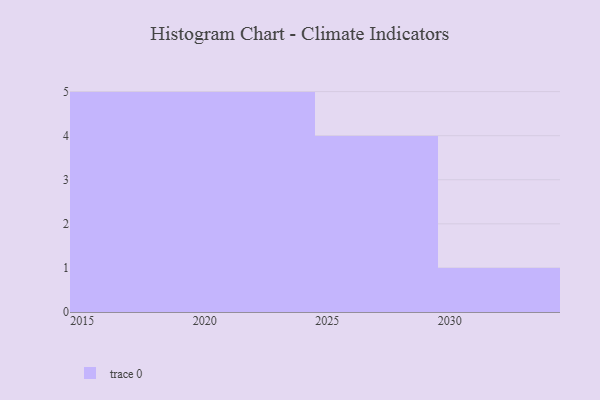
{"axis": {"x": "Year", "y": "Page Views"}, "legend": [""], "data": [{"x": "2022", "y": 24, "type": ""}, {"x": "2021", "y": 98, "type": ""}, {"x": "2030", "y": 76, "type": ""}, {"x": "2019", "y": 28, "type": ""}, {"x": "2015", "y": 80, "type": ""}, {"x": "2016", "y": 27, "type": ""}, {"x": "2026", "y": 23, "type": ""}, {"x": "2027", "y": 46, "type": ""}, {"x": "2017", "y": 48, "type": ""}, {"x": "2025", "y": 30, "type": ""}, {"x": "2018", "y": 68, "type": ""}, {"x": "2029", "y": 26, "type": ""}, {"x": "2024", "y": 30, "type": ""}, {"x": "2023", "y": 67, "type": ""}, {"x": "2020", "y": 34, "type": ""}]}